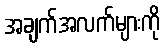
အချက်အလက်များကို